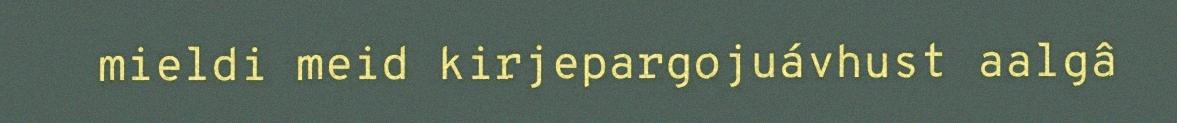
mieldi meid kirjepargojuávhust aalgâ